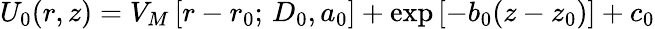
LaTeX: U_{0}(r,z)=V_{M}\left[r-r_{0};\, D_{0},a_{0}\right]+\exp\left[-b_{0}(z-z_{0})\right]+c_{0}